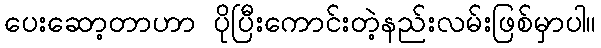
ပေးဆော့တာဟာ ပိုပြီးကောင်းတဲ့နည်းလမ်းဖြစ်မှာပါ။